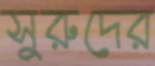
সুরুদের